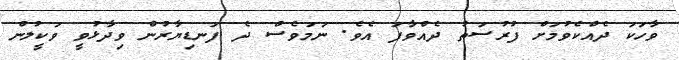
ވާހަކަ ދެއްކެވުމަށް ފުރުސަތު ދެއްވާފަ އެވެ. ނަމަވެސް ދެ ފަނޑިޔާރުން ވިދާޅުވީ ވަކީލުން